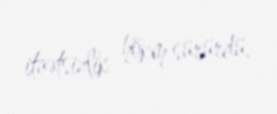
itaətsizlik hökm sürürdü.